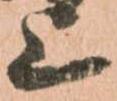
上